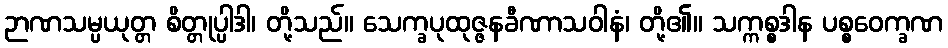
ဉာဏသမ္ပယုတ္တ စိတ္တုပ္ပါဒါ၊ တို့သည်။ သေက္ခပုထုဇ္ဇနခီဏာသဝါနံ၊ တို့၏။ သက္ကစ္စဒါန ပစ္စဝေက္ခဏ